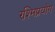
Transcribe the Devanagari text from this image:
रश्मिप्रयोग